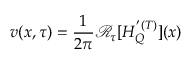
v ( x , \tau ) = \frac { 1 } { 2 \pi } \mathcal { R } _ { \tau } [ H _ { Q } ^ { ' ( T ) } ] ( x )